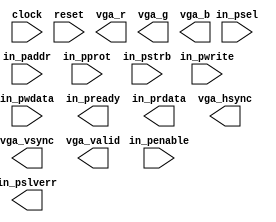
module vga_top_apb(
  input         clock,
  input         reset,
  input  [31:0] in_paddr,
  input         in_psel,
  input         in_penable,
  input  [2:0]  in_pprot,
  input         in_pwrite,
  input  [31:0] in_pwdata,
  input  [3:0]  in_pstrb,
  output        in_pready,
  output [31:0] in_prdata,
  output        in_pslverr,

  output [7:0]  vga_r,
  output [7:0]  vga_g,
  output [7:0]  vga_b,
  output        vga_hsync,
  output        vga_vsync,
  output        vga_valid
);

endmodule